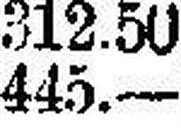
445.—